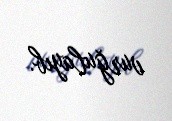
vurğulayıb.